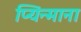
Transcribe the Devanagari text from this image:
प्यिन्माना